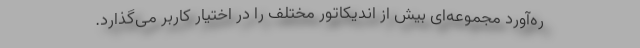
ره‌آورد مجموعه‌ای بیش از اندیکاتور مختلف را در اختیار کاربر می‌گذارد.